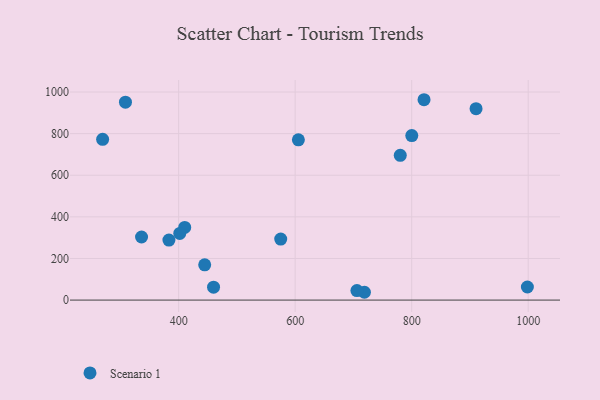
{"axis": {"x": "Price", "y": "Fuel Efficiency"}, "legend": ["Scenario 1"], "data": [{"x": "998.6", "y": 62.8, "type": "Scenario 1"}, {"x": "910.5", "y": 920.1, "type": "Scenario 1"}, {"x": "410.4", "y": 349.1, "type": "Scenario 1"}, {"x": "269.5", "y": 772.6, "type": "Scenario 1"}, {"x": "336.3", "y": 303.2, "type": "Scenario 1"}, {"x": "718.9", "y": 37.5, "type": "Scenario 1"}, {"x": "780.4", "y": 695.7, "type": "Scenario 1"}, {"x": "605.5", "y": 770.4, "type": "Scenario 1"}, {"x": "706.0", "y": 45.7, "type": "Scenario 1"}, {"x": "459.9", "y": 62.0, "type": "Scenario 1"}, {"x": "383.3", "y": 288.6, "type": "Scenario 1"}, {"x": "444.7", "y": 169.3, "type": "Scenario 1"}, {"x": "575.2", "y": 293.3, "type": "Scenario 1"}, {"x": "821.2", "y": 963.0, "type": "Scenario 1"}, {"x": "308.7", "y": 951.3, "type": "Scenario 1"}, {"x": "401.9", "y": 320.6, "type": "Scenario 1"}, {"x": "800.2", "y": 790.5, "type": "Scenario 1"}]}